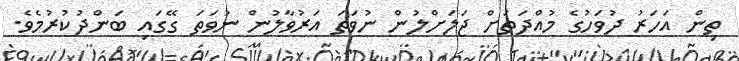
ތިން އަހަރު ދުވަހުގެ މުއްދަތަށް ޖަލަށްލުން ނުވަތަ އަރުވާލުން ނުވަތަ ގޭގައި ބަންދުކުރުމެވެ.